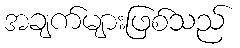
အချက်များဖြစ်သည်